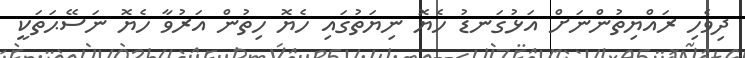
ދިވެހި ރައްޔިތުންނަށް އަޅުގަނޑު ހެޔޮ ނިޔަތުގައި ހެޔޮ ހިތުން އަރުވާ ހެޔޮ ނަސޭޙަތަކީ